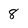
Character: 8